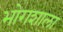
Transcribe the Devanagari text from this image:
भोगशाला